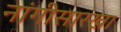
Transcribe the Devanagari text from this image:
नांगीसारखा